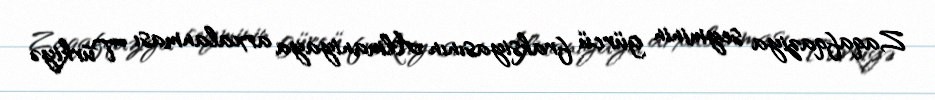
Zaqafqaziya seyminin gürcü fraksiyasının Almaniyaya arxalanması Türkiyə